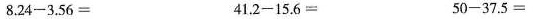
$$8 . 2 4 - 3 . 5 6 =$$ $$4 1 . 2 - 1 5 . 6 =$$ $$5 0 - 3 7 . 5 =$$